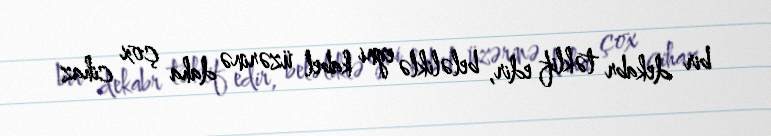
bir dekabr təklif edir, beləliklə eyni kabel üzərinə daha çox cihaz